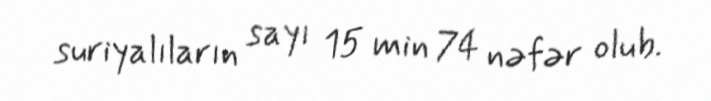
suriyalıların sayı 15 min 74 nəfər olub.